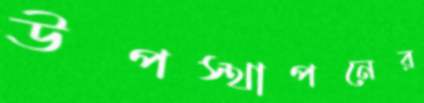
উপস্থাপনের